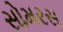
સોમરસ